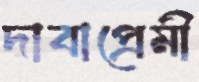
দাবাপ্রেমী